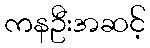
ကနဦးအဆင့်